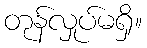
တုန်လှုပ်မရှိ။